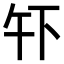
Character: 𫠧